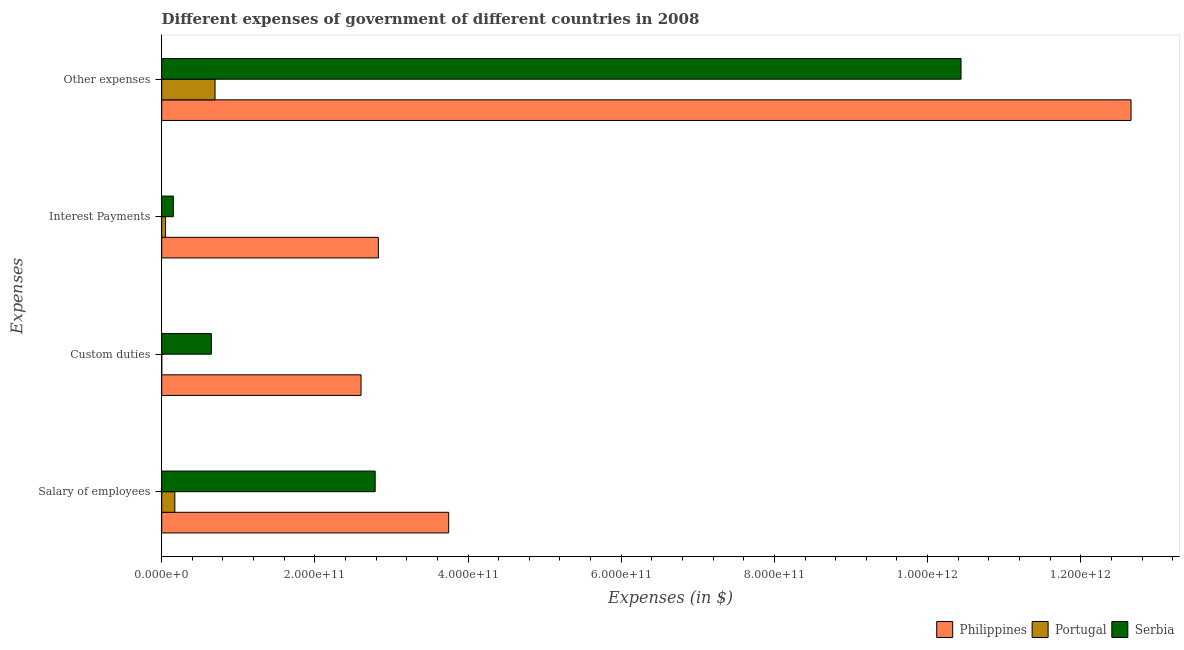
| Expenses | Philippines | Portugal | Serbia |
 | --- | --- | --- | --- |
 | Salary of employees | 3.75e+11 | 1.72e+10 | 2.79e+11 |
 | Custom duties | 2.6e+11 | 1.09e+06 | 6.48e+10 |
 | Interest Payments | 2.83e+11 | 5.02e+09 | 1.52e+10 |
 | Other expenses | 1.27e+12 | 6.96e+10 | 1.04e+12 |